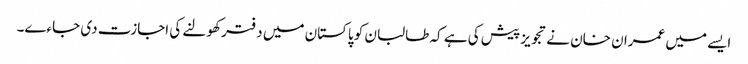
ایسے میں عمران خان نے تجویز پیش کی ہے کہ طالبان کو پاکستان میں دفتر کھولنے کی اجازت دی جاءے۔